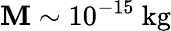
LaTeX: \mathbf{M}\sim10^{-15}~\mathrm{{kg}}